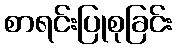
စာရင်းပြုစုခြင်း